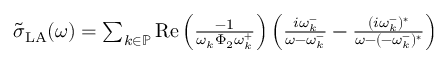
\begin{array} { r } { \tilde { \sigma } _ { \mathrm { L A } } ( \omega ) = \sum _ { k \in \mathbb { P } } \operatorname { R e } \left( \frac { - 1 } { \omega _ { k } \Phi _ { 2 } \omega _ { k } ^ { + } } \right) \left( \frac { i \omega _ { k } ^ { - } } { \omega - \omega _ { k } ^ { - } } - \frac { ( i \omega _ { k } ^ { - } ) ^ { * } } { \omega - ( - \omega _ { k } ^ { - } ) ^ { * } } \right) } \end{array}